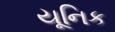
યૂનિક